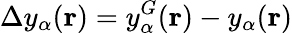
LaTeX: \Delta y_{\alpha}(\mathbf{r})=y_{\alpha}^{G}(\mathbf{r})-y_{\alpha}(\mathbf{r})